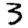
Digit: 3